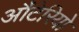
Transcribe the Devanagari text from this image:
औंटेरियो